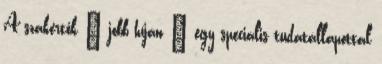
A szakértők – jobb híján – egy speciális tudatállapottal